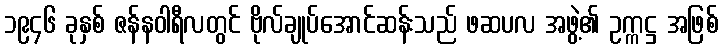
၁၉၄၆ ခုနှစ် ဇန်နဝါရီလတွင် ဗိုလ်ချုပ်အောင်ဆန်းသည် ဖဆပလ အဖွဲ့၏ ဥက္ကဋ္ဌ အဖြစ်